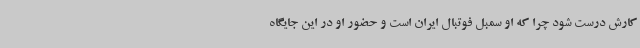
کارش درست شود چرا که او سمبل فوتبال ایران است و حضور او در این جایگاه